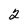
Character: 2